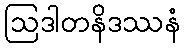
ဩဒါတနိဒဿနံ